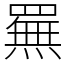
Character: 䍢